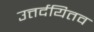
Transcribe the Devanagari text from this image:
उत्तर्दयितव